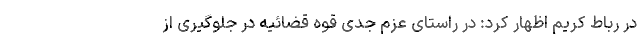
در رباط کریم اظهار کرد: در راستای عزم جدی قوه قضائیه در جلوگیری از